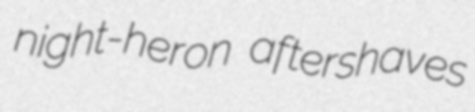
night-heron aftershaves